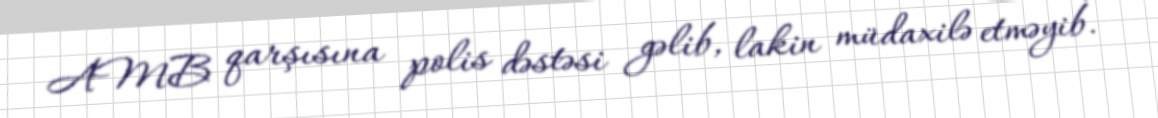
AMB qarşısına polis dəstəsi gəlib, lakin müdaxilə etməyib.